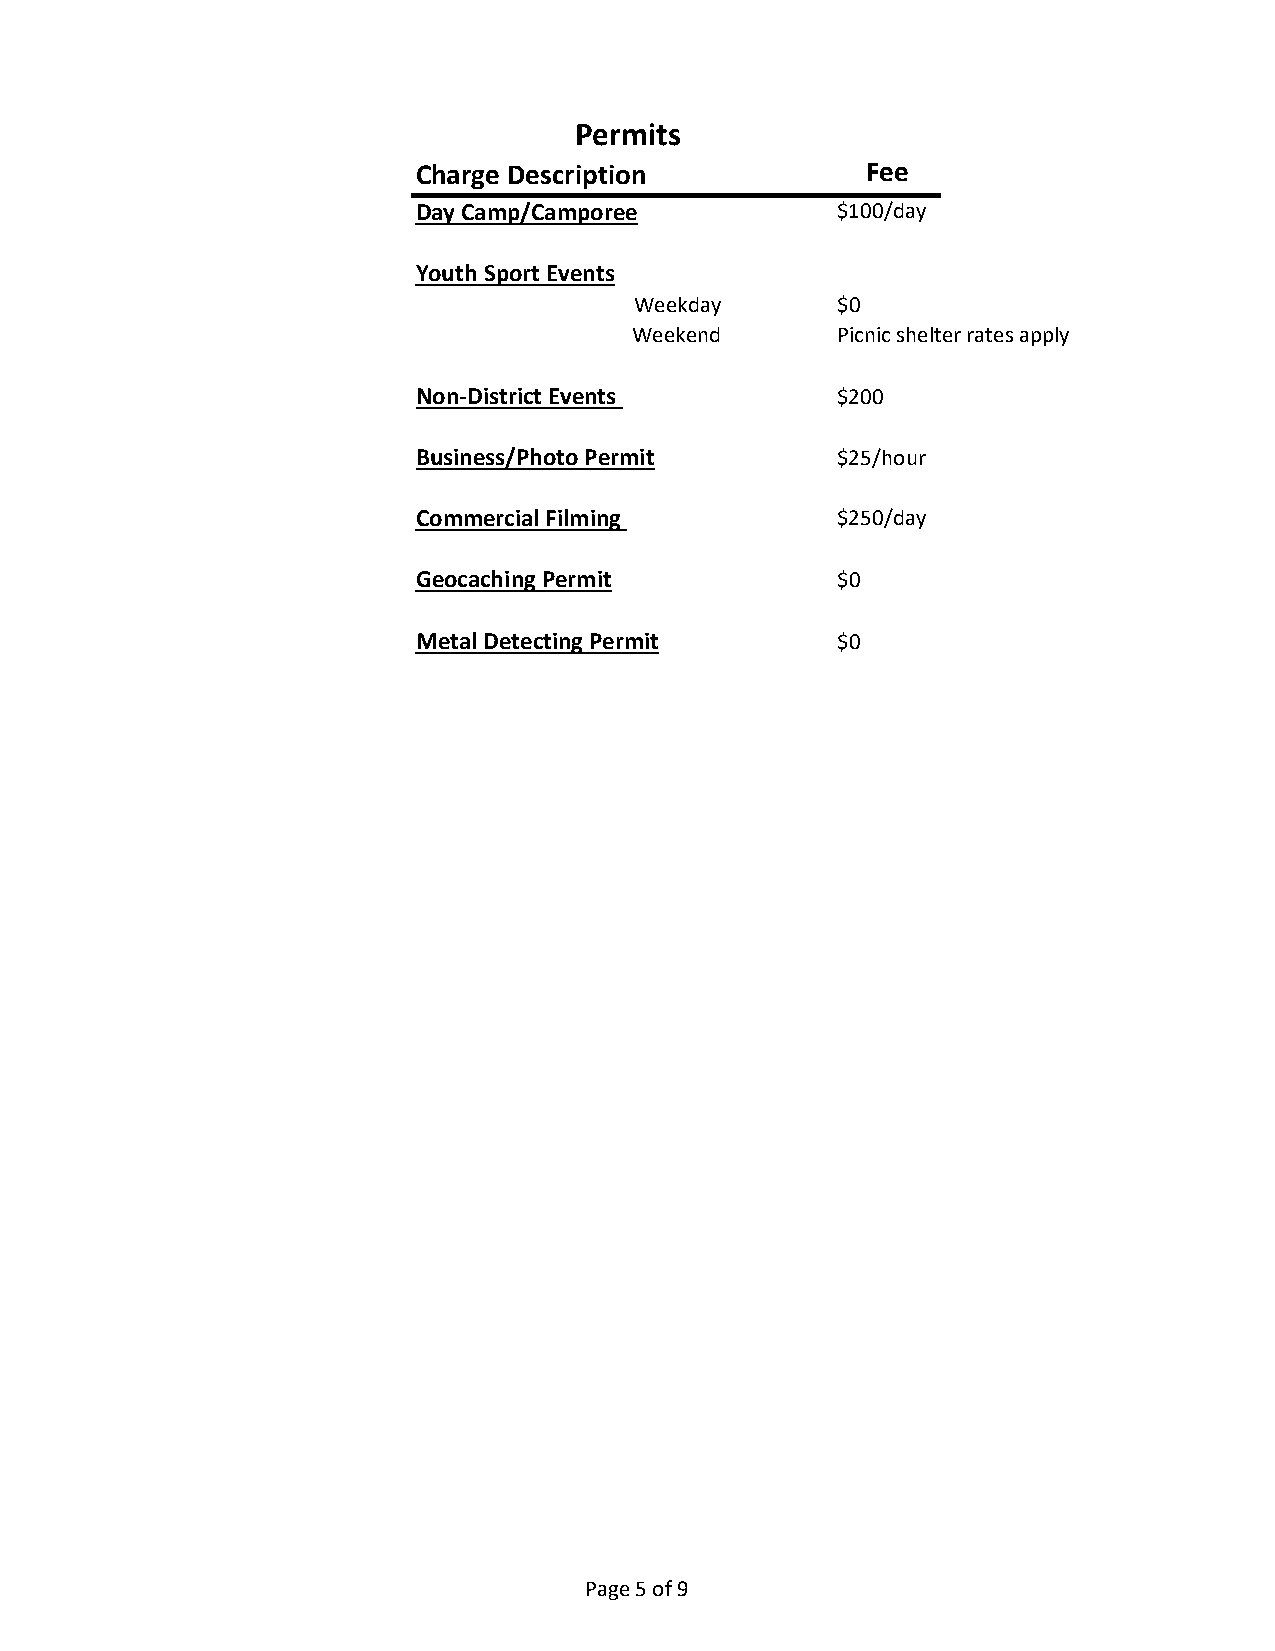
Permits
 Charge Description           Fee
 Day Camp/Camporee          $100/day
 Youth Sport Events
 Weekday      $0
 Weekend      Picnic shelter rates apply
 Non-District Events        $200
 Business/Photo Permit      $25/hour
 Commercial Filming         $250/day
 Geocaching Permit          $0
 Metal Detecting Permit     $0
 Page 5 of 9